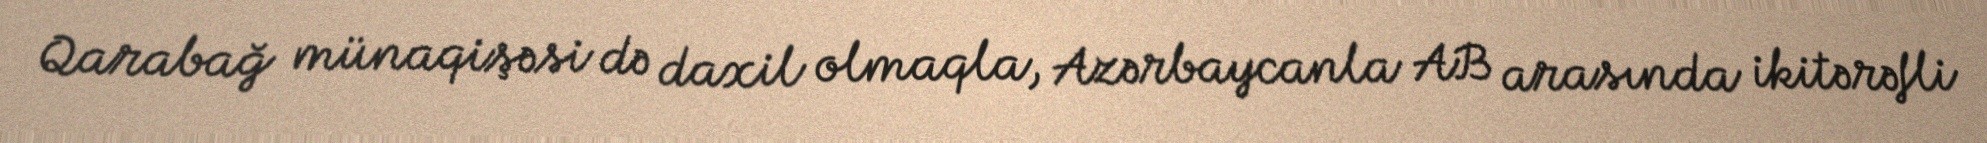
Qarabağ münaqişəsi də daxil olmaqla, Azərbaycanla AB arasında ikitərəfli